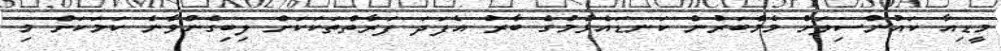
މީޑިއާ ކައުންސިލަށް މެމްބަރުން ކަނޑައެޅުމުގެ ބާރު އެފަދަ ފަރާތްތަކަކަށް ލިބިގެންވާނެ ކަމަކަށް މި